画像に写った文字を読んでください
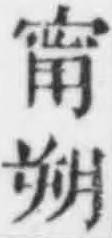
「甯朔」と書いてあります